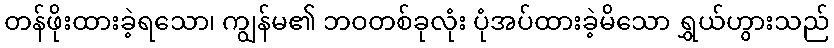
တန်ဖိုးထားခဲ့ရသော၊ ကျွန်မ၏ ဘဝတစ်ခုလုံး ပုံအပ်ထားခဲ့မိသော ရွှယ်ဟွားသည်